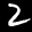
Label: 2